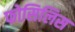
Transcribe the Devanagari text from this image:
फोसिलिस